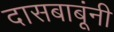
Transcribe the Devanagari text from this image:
दासबाबूंनी